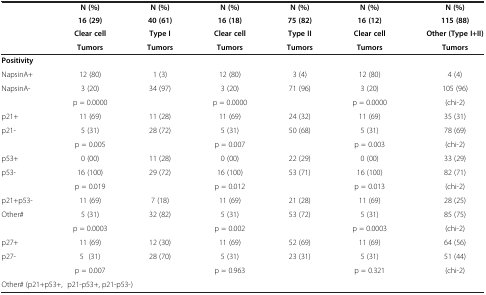
|  | N (%) | N (%) | N (%) | N (%) | N (%) | N (%) |
 |  | 16 (29) | 40 (61) | 16 (18) | 75 (82) | 16 (12) | 115 (88) |
 |  | Clear cell | Type I | Clear cell | Type II | Clear cell | Other (Type I+II) |
 |  | Tumors | Tumors | Tumors | Tumors | Tumors | Tumors |
 | --- | --- | --- | --- | --- | --- | --- |
 | Positivity |  |  |  |  |  |  |
 | NapsinA+ | 12 (80) | 1 (3) | 12 (80) | 3 (4) | 12 (80) | 4 (4) |
 | NapsinA- | 3 (20) | 34 (97) | 3 (20) | 71 (96) | 3 (20) | 105 (96) |
 |  | p = 0.0000 |  | p = 0.0000 |  | p = 0.0000 | (chi-2) |
 | p21+ | 11 (69) | 11 (28) | 11 (69) | 24 (32) | 11 (69) | 35 (31) |
 | p21- | 5 (31) | 28 (72) | 5 (31) | 50 (68) | 5 (31) | 78 (69) |
 |  | p = 0.005 |  | p = 0.007 |  | p = 0.003 | (chi-2) |
 | p53+ | 0 (00) | 11 (28) | 0 (00) | 22 (29) | 0 (00) | 33 (29) |
 | p53- | 16 (100) | 29 (72) | 16 (100) | 53 (71) | 16 (100) | 82 (71) |
 |  | p = 0.019 |  | p = 0.012 |  | p = 0.013 | (chi-2) |
 | p21+p53- | 11 (69) | 7 (18) | 11 (69) | 21 (28) | 11 (69) | 28 (25) |
 | Other# | 5 (31) | 32 (82) | 5 (31) | 53 (72) | 5 (31) | 85 (75) |
 |  | p = 0.0003 |  | p = 0.002 |  | p = 0.0003 | (chi-2) |
 | p27+ | 11 (69) | 12 (30) | 11 (69) | 52 (69) | 11 (69) | 64 (56) |
 | p27- | 5 (31) | 28 (70) | 5 (31) | 23 (31) | 5 (31) | 51 (44) |
 |  | p = 0.007 |  | p = 0.963 |  | p = 0.321 | (chi-2) |
 | <COLSPAN=7> Other# (p21+p53+, p21-p53+, p21-p53-) |